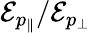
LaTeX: \mathcal{E}_{p_{\| }}/\mathcal{E}_{p_{\perp}}